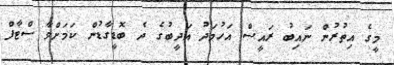
މީގެ އިތުރުން ނައިބު ރައީސް އަހުމަދު އަދީބުގެ ދެ ބޮޑީގާޑުން ކަމަށްވާ ސްޓާފް